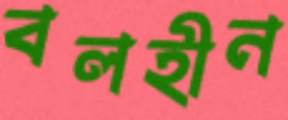
বলহীন